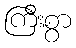
ကြီးစွာ